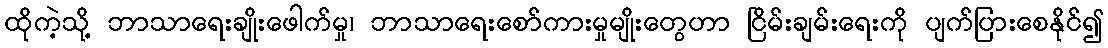
ထိုကဲ့သို့ ဘာသာရေးချိုးဖေါက်မှု၊ ဘာသာရေးစော်ကားမှုမျိုးတွေဟာ ငြိမ်းချမ်းရေးကို ပျက်ပြားစေနိုင်၍